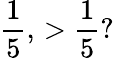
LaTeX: \frac{1}{5},\, >\frac{1}{5}?